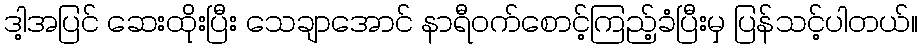
ဒါ့အပြင် ဆေးထိုးပြီး သေချာအောင် နာရီဝက်စောင့်ကြည့်ခံပြီးမှ ပြန်သင့်ပါတယ်။